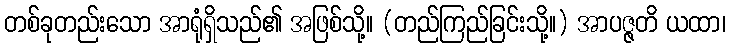
တစ်ခုတည်းသော အာရုံရှိသည်၏ အဖြစ်သို့။ (တည်ကြည်ခြင်းသို့။) အာပဇ္ဇတိ ယထာ၊